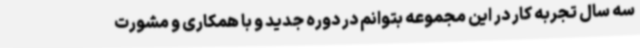
سه سال تجربه کار در این مجموعه بتوانم در دوره جدید و با همکاری و مشورت